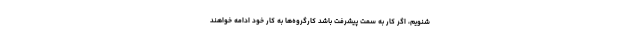
شنویم، اگر کار به سمت پیشرفت باشد کارگروه‌ها به کار خود ادامه خواهند